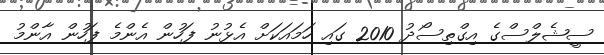
ސީޝެލްސްގެ އިގްތިސޯދު 2010 ގައި ހަމައަކަށް އެޅުނު ފަހުން އެންމެ ފަހުން އާންމު